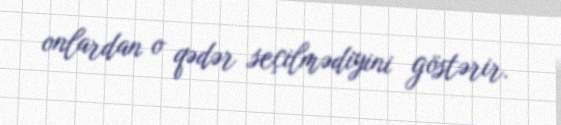
onlardan o qədər seçilmədiyini göstərir.